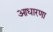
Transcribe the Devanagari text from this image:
आधारणा